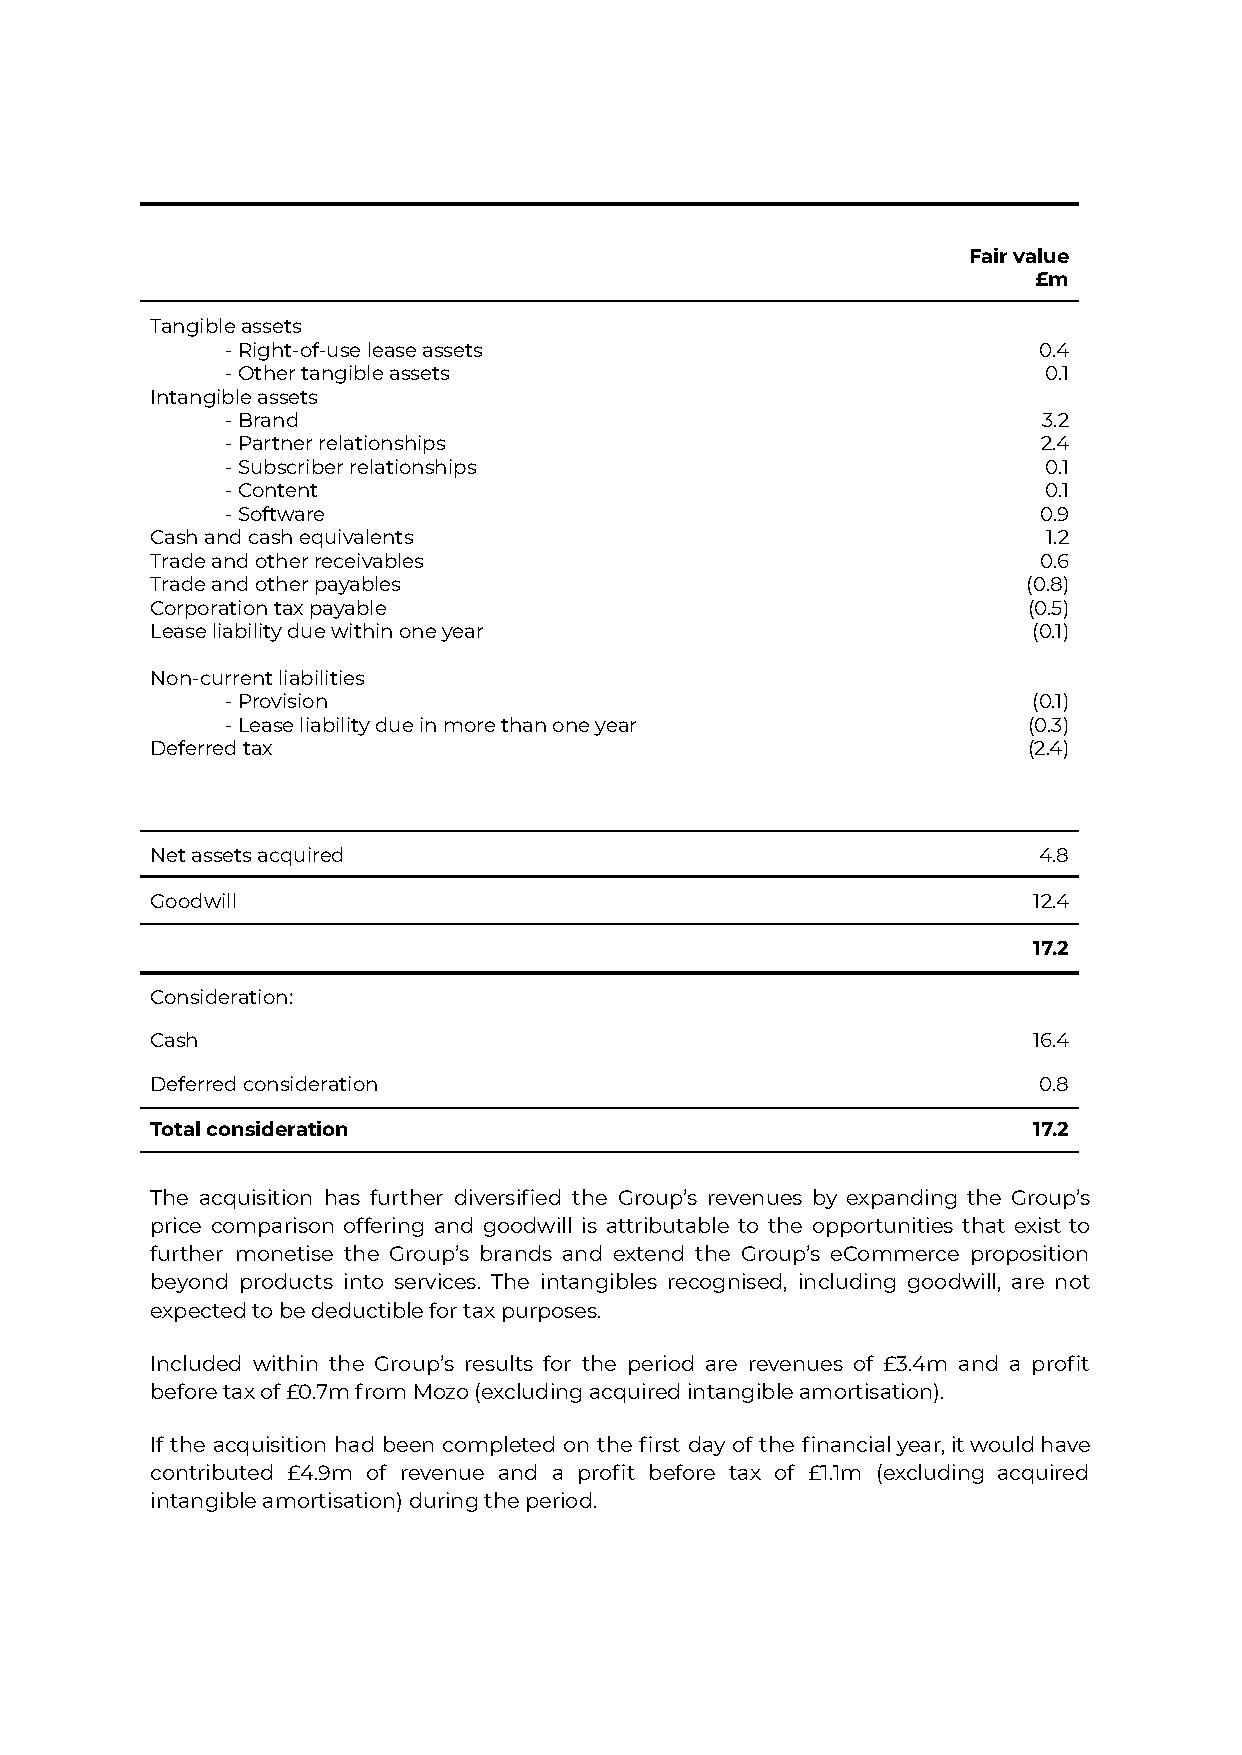
Fair value
 £m
 Tangible assets
 - Right-of-use lease assets                           0.4
 - Other tangible assets                               0.1
 Intangible assets
 - Brand                                               3.2
 - Partner relationships                               2.4
 - Subscriber relationships                            0.1
 - Content                                             0.1
 - Software                                            0.9
 Cash and cash equivalents                                  1.2
 Trade and other receivables                                0.6
 Trade and other payables                                  (0.8)
 Corporation tax payable                                   (0.5)
 Lease liability due within one year                       (0.1)
 Non-current liabilities
 - Provision                                          (0.1)
 - Lease liability due in more than one year          (0.3)
 Deferred tax                                              (2.4)
 Net assets acquired                                        4.8
 Goodwill                                                  12.4
 17.2
 Consideration:
 Cash                                                      16.4
 Deferred consideration                                     0.8
 Total consideration                                       17.2
 The acquisition has further diversified the Group’s revenues by expanding the Group’s
 price comparison offering and goodwill is attributable to the opportunities that exist to
 further monetise the Group’s brands and extend the Group’s eCommerce proposition
 beyond products into services. The intangibles recognised, including goodwill, are not
 expected to be deductible for tax purposes.
 Included within the Group’s results for the period are revenues of £3.4m and a profit
 before tax of £0.7m from Mozo (excluding acquired intangible amortisation).
 If the acquisition had been completed on the first day of the financialyear,itwouldhave
 contributed £4.9m of revenue and a profit before tax of £1.1m (excluding acquired
 intangible amortisation) during the period.